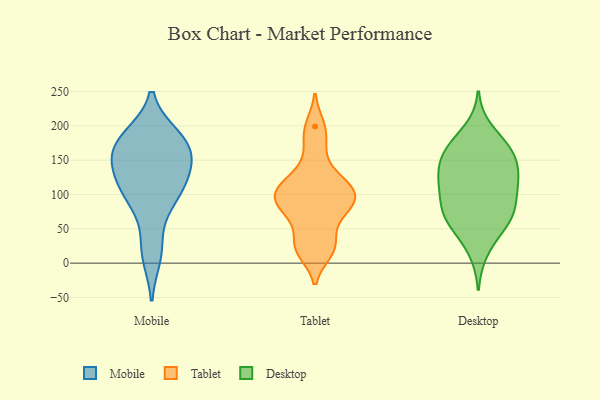
{"axis": {"x": "Conversion Rate (%)", "y": "Value"}, "legend": ["Desktop", "Mobile", "Tablet"], "data": [{"x": "", "y": 182, "type": "Mobile"}, {"x": "", "y": 87, "type": "Mobile"}, {"x": "", "y": 101, "type": "Mobile"}, {"x": "", "y": 11, "type": "Mobile"}, {"x": "", "y": 179, "type": "Mobile"}, {"x": "", "y": 99, "type": "Mobile"}, {"x": "", "y": 184, "type": "Mobile"}, {"x": "", "y": 125, "type": "Mobile"}, {"x": "", "y": 143, "type": "Mobile"}, {"x": "", "y": 148, "type": "Mobile"}, {"x": "", "y": 24, "type": "Mobile"}, {"x": "", "y": 168, "type": "Mobile"}, {"x": "", "y": 113, "type": "Mobile"}, {"x": "", "y": 147, "type": "Mobile"}, {"x": "", "y": 172, "type": "Mobile"}, {"x": "", "y": 27, "type": "Tablet"}, {"x": "", "y": 199, "type": "Tablet"}, {"x": "", "y": 191, "type": "Tablet"}, {"x": "", "y": 17, "type": "Tablet"}, {"x": "", "y": 25, "type": "Tablet"}, {"x": "", "y": 163, "type": "Tablet"}, {"x": "", "y": 132, "type": "Tablet"}, {"x": "", "y": 104, "type": "Tablet"}, {"x": "", "y": 76, "type": "Tablet"}, {"x": "", "y": 19, "type": "Tablet"}, {"x": "", "y": 115, "type": "Tablet"}, {"x": "", "y": 83, "type": "Tablet"}, {"x": "", "y": 87, "type": "Tablet"}, {"x": "", "y": 109, "type": "Tablet"}, {"x": "", "y": 113, "type": "Tablet"}, {"x": "", "y": 103, "type": "Tablet"}, {"x": "", "y": 55, "type": "Tablet"}, {"x": "", "y": 92, "type": "Tablet"}, {"x": "", "y": 81, "type": "Tablet"}, {"x": "", "y": 128, "type": "Desktop"}, {"x": "", "y": 55, "type": "Desktop"}, {"x": "", "y": 17, "type": "Desktop"}, {"x": "", "y": 130, "type": "Desktop"}, {"x": "", "y": 69, "type": "Desktop"}, {"x": "", "y": 160, "type": "Desktop"}, {"x": "", "y": 86, "type": "Desktop"}, {"x": "", "y": 162, "type": "Desktop"}, {"x": "", "y": 106, "type": "Desktop"}, {"x": "", "y": 47, "type": "Desktop"}, {"x": "", "y": 70, "type": "Desktop"}, {"x": "", "y": 116, "type": "Desktop"}, {"x": "", "y": 194, "type": "Desktop"}, {"x": "", "y": 160, "type": "Desktop"}, {"x": "", "y": 123, "type": "Desktop"}, {"x": "", "y": 83, "type": "Desktop"}, {"x": "", "y": 171, "type": "Desktop"}, {"x": "", "y": 162, "type": "Desktop"}, {"x": "", "y": 124, "type": "Desktop"}, {"x": "", "y": 72, "type": "Desktop"}]}